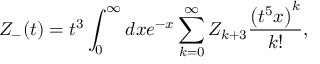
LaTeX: { \cal Z } _ { - } ( t ) = { t ^ { 3 } } \int _ { 0 } ^ { \infty } d x e ^ { - x } \sum _ { k = 0 } ^ { \infty } { \cal Z } _ { k + 3 } { \frac { \left( t ^ { 5 } x \right) ^ { k } } { k ! } } ,